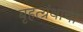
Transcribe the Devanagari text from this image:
बृहत्ग्रंथाचा